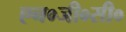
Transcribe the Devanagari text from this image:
एन०जी०सी०